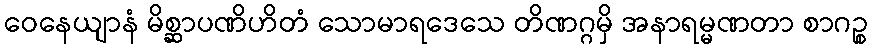
ဝေနေယျာနံ မိစ္ဆာပဏိဟိတံ သောမာရဒေသေ တိဏဂ္ဂမှိ အနာရမ္မဏတာ စာဂဉ္စ